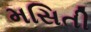
મસિતી